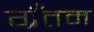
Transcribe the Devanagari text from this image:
ग्रँतम